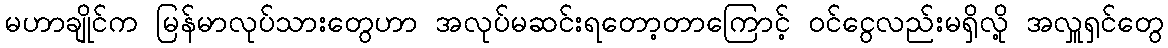
မဟာချိုင်က မြန်မာလုပ်သားတွေဟာ အလုပ်မဆင်းရတော့တာကြောင့် ဝင်ငွေလည်းမရှိလို့ အလှူရှင်တွေ